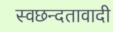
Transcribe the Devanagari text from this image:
स्वछन्दतावादी